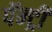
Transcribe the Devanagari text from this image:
पॅन्ट्री